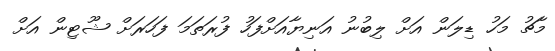
މާޗު މަހު ޑިލަން އަށް ލިބުނު އަނިޔާއަށްފަހު ފުރަތަމަ ފަހަރަށް ޝޫޓިން އަށް